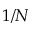
1 / N